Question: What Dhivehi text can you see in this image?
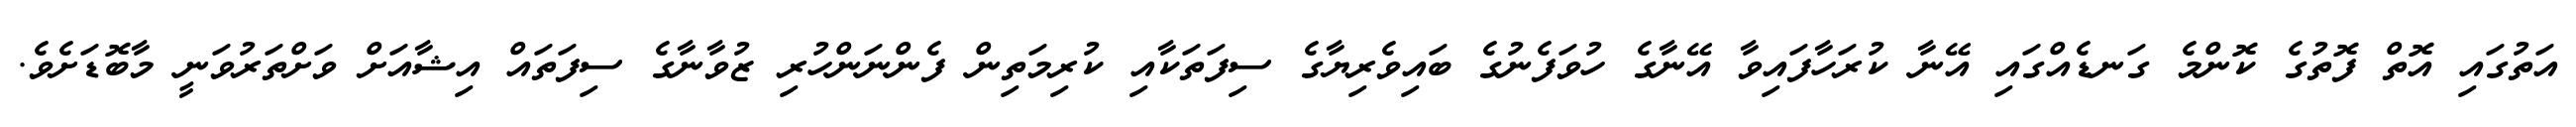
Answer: އަތުގައި އޮތް ފޮތުގެ ކޮންމެ ގަނޑެއްގައި އޭނާ ކުރަހާފައިވާ އޭނާގެ ހުވަފެނުގެ ބައިވެރިޔާގެ ސިފަތަކާއި ކުރިމަތިން ފެންނަންހުރި ޒުވާނާގެ ސިފަތައް އިޝާއަށް ވަށްތަރުވަނީ މާބޮޑަށެވެ.